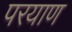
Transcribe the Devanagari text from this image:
परयाण